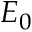
E _ { 0 }